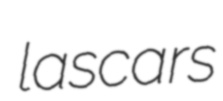
lascars